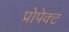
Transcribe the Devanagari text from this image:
प्रोपेक्ट